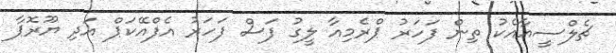
ޗެލްސީއާއެކު ތިން ފަހަރު ޕްރެމިއާ ލީގު ފަސް ފަހަރު އެފްއޭކަޕް އަދި ޔޫރޮޕާ